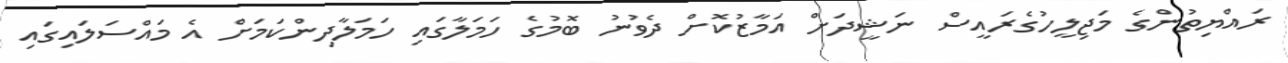
ރައްޔިތުންގެ މަޖިލީހުގެރައީސް ނަޝީދަށް އަމާޒުކޮށް ދެވުނު ބޮމުގެ ހަމަލާގައި ހަމަލާދިންކަމަށް އެ މައްސަލައިގައި